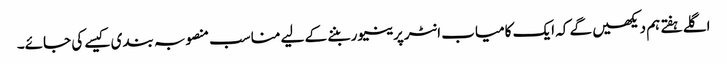
اگلے ہفتے ہم دیکھیں گے کہ ایک کامیاب انٹرپرینیور بننے کے لیے مناسب منصوبہ بندی کیسے کی جائے۔